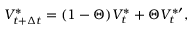
V _ { t + \Delta { t } } ^ { \ast } = ( 1 - \Theta ) V _ { t } ^ { \ast } + \Theta V _ { t } ^ { \ast \prime } ,